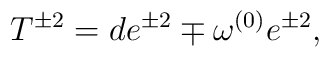
T^{\pm2}=de^{\pm2}\mp\omega^{(0)}e^{\pm2},